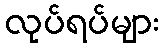
လုပ်ရပ်များ